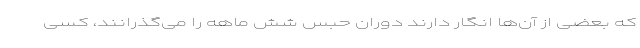
که بعضی از آن‌ها انگار دارند دوران حبس شش ماهه را می‌گذرانند، کسی